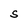
Character: S